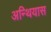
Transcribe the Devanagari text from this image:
अन्थियास